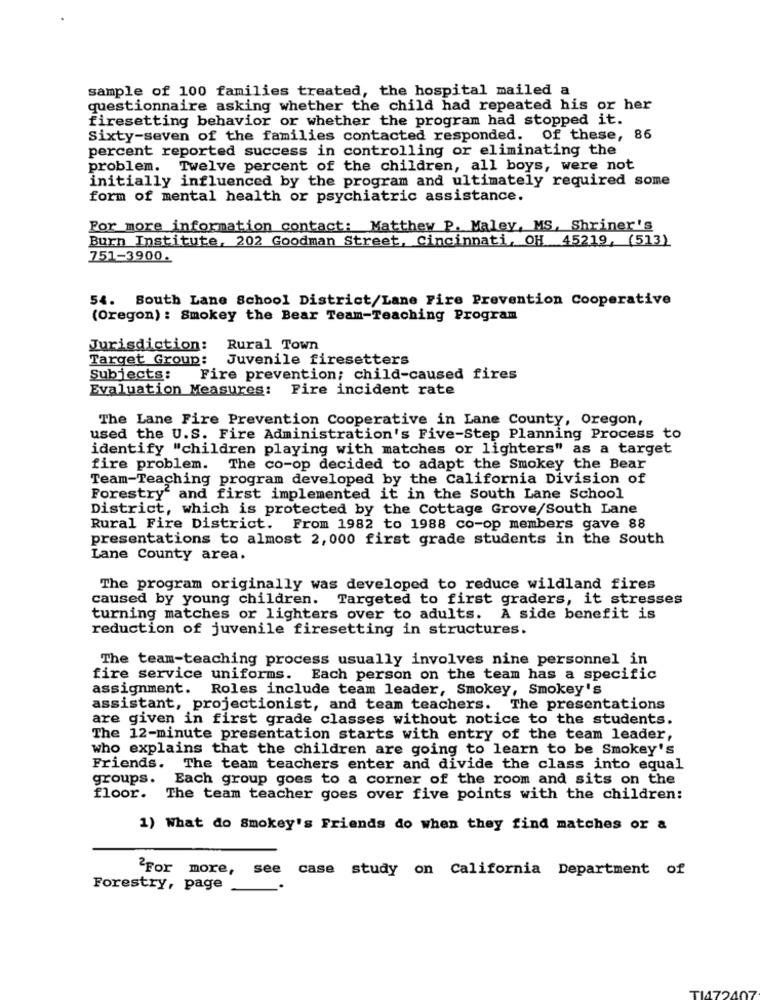
sample of 100 families treated, the hospital mailed a
questionnaire asking whether the child had repeated his or her
firesetting behavior or whether the program had stopped it.
Sixty-seven of the families contacted responded. Of these, 86
percent reported success in controlling or eliminating the
problem. Twelve percent of the children, all boys, were not
initially influenced by the program and ultimately required some
form of mental health or psychiatric assistance.
For more information contact: Matthew P. Maley, MS, Shriner's
Burn Institute, 202 Goodman Street, Cincinnati, OH 45219, (513)
751-3900.
54. South Lane School District/Lane Fire Prevention Cooperative
(Oregon) : Smokey the Bear Team-Teaching Program
Jurisdiction:
Rural Town
Target Group: Juvenile firesetters
Subjects:
Fire prevention; child-caused fires
Evaluation Measures:
Fire incident rate
The Lane Fire Prevention Cooperative in Lane County, Oregon,
used the U.S. Fire Administration's Five-Step Planning Process to
identify "children playing with matches or lighters" as a target
fire problem. The co-op decided to adapt the Smokey the Bear
Team-Teaching program developed by the California Division of
Forestry' and first implemented it in the South Lane School
District, which is protected by the Cottage Grove/South Lane
Rural Fire District. From 1982 to 1988 co-op members gave 88
presentations to almost 2, 000 first grade students in the South
Lane County area.
The program originally was developed to reduce wildland fires
caused by young children. Targeted to first graders, it stresses
turning matches or lighters over to adults. A side benefit is
reduction of juvenile firesetting in structures.
The team-teaching process usually involves nine personnel in
fire service uniforms. Each person on the team has a specific
assignment. Roles include team leader, Smokey, Smokey's
assistant, projectionist, and team teachers. The presentations
are given in first grade classes without notice to the students.
The 12-minute presentation starts with entry of the team leader,
who explains that the children are going to learn to be Smokey's
Friends. The team teachers enter and divide the class into equal
groups. Each group goes to a corner of the room and sits on the
floor. The team teacher goes over five points with the children:
1) What do Smokey's Friends do when they find matches or a
For more, see case study on California Department of
Forestry, page